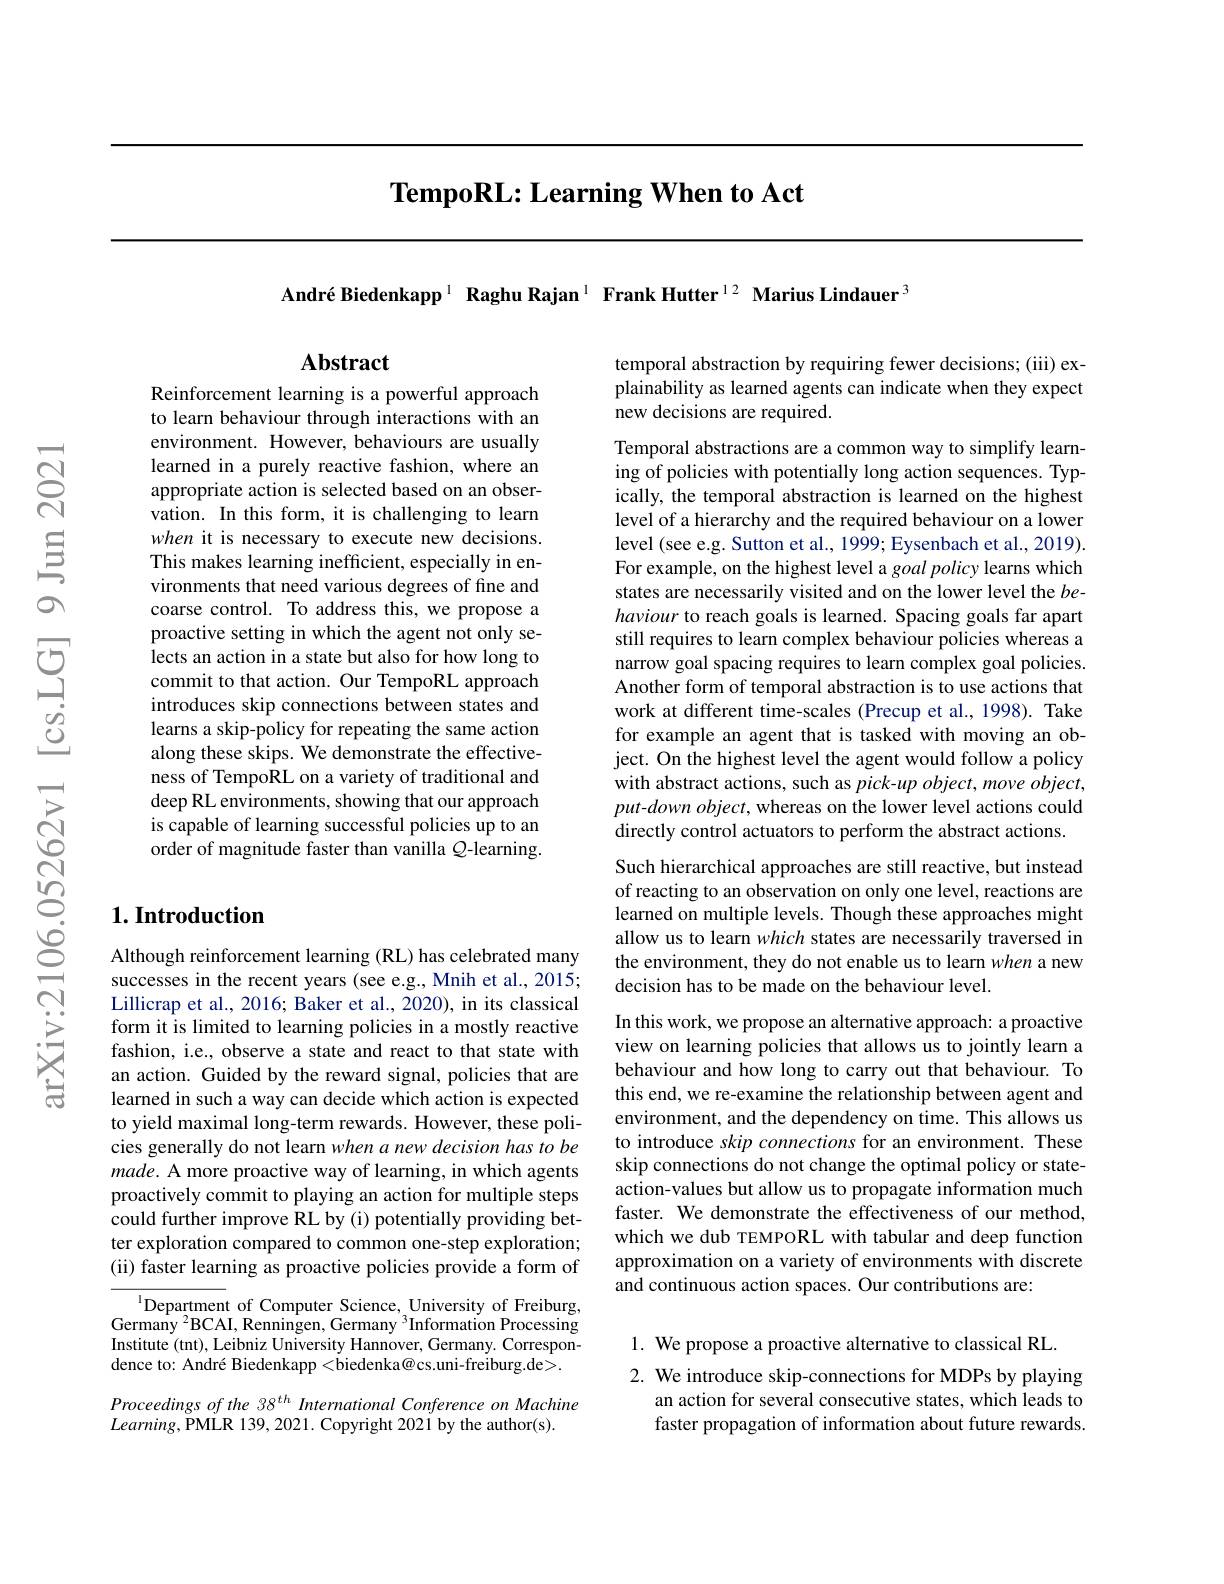
# $\textbf{TempoRL: Learning When to Act}$

André Biedenkapp$^{1}$ Raghu Rajan$^{1}$ Frank Hutter$^{12}$ Marius Lindauer$^{3}$

## Abstract

temporal abstraction by requiring fewer decisions; (iii) explainability as learned agents can indicate when they expect new decisions are required.

Reinforcement learning is a powerful approach to learn behaviour through interactions with an environment. However, behaviours are usually learned in a purely reactive fashion, where an appropriate action is selected based on an observation. In this form, it is challenging to learn when it is necessary to execute new decisions. This makes learning inefficient, especially in environments that need various degrees of fine and coarse control. To address this, we propose a proactive setting in which the agent not only selects an action in a state but also for how long to commit to that action. Our TempoRL approach introduces skip connections between states and learns a skip-policy for repeating the same action along these skips. We demonstrate the effectiveness of TempoRL on a variety of traditional and deep RL environments, showing that our approach is capable of learning successful policies up to an order of magnitude faster than vanilla $Q$-learning.

## $1. \textbf{Introduction}$

Although reinforcement learning (RL) has celebrated many successes in the recent years (see e.g., Mnih et al., 2015; Lillicrap et al., 2016; Baker et al., 2020), in its classical form it is limited to learning policies in a mostly reactive fashion, i.e., observe a state and react to that state with an action. Guided by the reward signal, policies that are learned in such a way can decide which action is expected to yield maximal long-term rewards. However, these policies generally do not learn when a new decision has to be $made.$ A more proactive way of learning, in which agents proactively commit to playing an action for multiple steps could further improve RL by (i) potentially providing better exploration compared to common one-step exploration; (ii) faster learning as proactive policies provide a form of

$^{1}$Department of Computer Science, University of Freiburg, Germany $^2$BCAI, Renningen, Germany $^3$Information Processing Institute (tnt), Leibniz University Hannover, Germany. Correspondence to: André Biedenkapp <biedenka@ cs.uni-freiburg.de>.

Proceedings of the 38$^{th}$ International Conference on Machine
$Learning$,PMLR 139, 2021. Copyright 2021 by the author(s).

Temporal abstractions are a common way to simplify learning of policies with potentially long action sequences. Typically, the temporal abstraction is learned on the highest level of a hierarchy and the required behaviour on a lower level (see e.g. Sutton et al., 1999; Eysenbach et al., 2019). For example, on the highest level a goal policy learns which states are necessarily visited and on the lower level the $be-b$ haviour to reach goals is learned. Spacing goals far apart still requires to learn complex behaviour policies whereas a narrow goal spacing requires to learn complex goal policies. Another form of temporal abstraction is to use actions that work at different time-scales (Precup et al., 1998). Take for example an agent that is tasked with moving an object. On the highest level the agent would follow a policy with abstract actions, such as pick-up object, move object, put- down object, whereas on the lower level actions could directly control actuators to perform the abstract actions.

Such hierarchical approaches are still reactive, but instead of reacting to an observation on only one level, reactions are learned on multiple levels. Though these approaches might allow us to learn which states are necessarily traversed in the environment, they do not enable us to learn when a new decision has to be made on the behaviour level.

In this work, we propose an alternative approach: a proactive view on learning policies that allows us to jointly learn a behaviour and how long to carry out that behaviour. To this end, we re-examine the relationship between agent and environment, and the dependency on time. This allows us to introduce skip connections for an environment. These skip connections do not change the optimal policy or stateaction-values but allow us to propagate information much faster. We demonstrate the effectiveness of our method, which we dub TEMPORL with tabular and deep function approximation on a variety of environments with discrete and continuous action spaces. Our contributions are:

1. We propose a proactive alternative to classical RL.
2. We introduce skip-connections for MDPs by playing
an action for several consecutive states, which leads to faster propagation of information about future rewards.